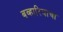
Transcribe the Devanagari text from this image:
बव्हारियाचा